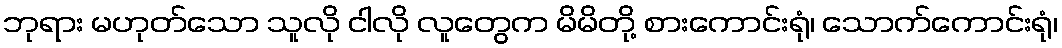
ဘုရား မဟုတ်သော သူလို ငါလို လူတွေက မိမိတို့ စားကောင်းရုံ၊ သောက်ကောင်းရုံ၊